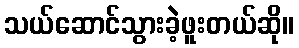
သယ်ဆောင်သွားခဲ့ဖူးတယ်ဆို။